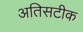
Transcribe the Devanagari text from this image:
अतिसटीक